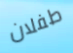
طفلان